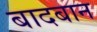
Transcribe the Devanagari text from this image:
बादबान